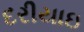
દરીયાઇ